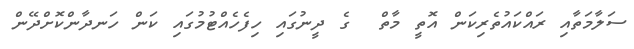
ސަލާމަތާއި ރައްކައުތެރިކަން އޮތީ މާތް  ގެ ދީނުގައި ހިފެހެއްޓުމުގައި ކަން ހަނދާންކޮށްދޭން